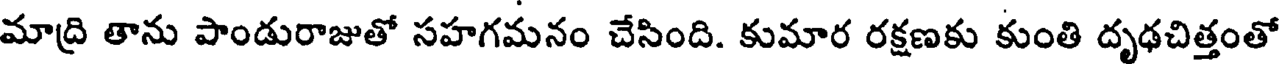
మాద్రి తాను పాండురాజుతో సహగమనం చేసింది. కుమార రక్షణకు కుంతి దృఢచిత్తంతో